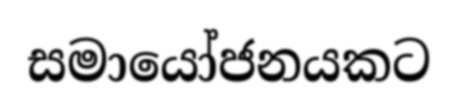
සමායෝජනයකට